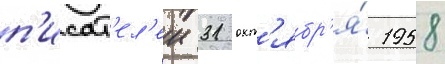
п'исат'ел'еи 31 окт'ябр'я́ 1958